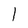
Character: 1